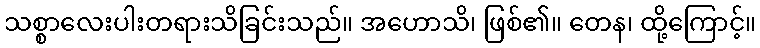
သစ္စာလေးပါးတရားသိခြင်းသည်။ အဟောသိ၊ ဖြစ်၏။ တေန၊ ထို့ကြောင့်။